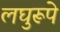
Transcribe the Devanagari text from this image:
लघुरूपे